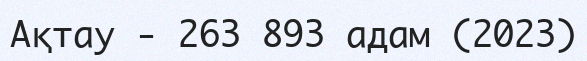
Ақтау - 263 893 адам (2023)